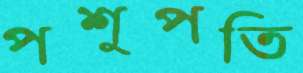
পশুপতি